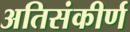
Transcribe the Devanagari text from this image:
अतिसंकीर्ण